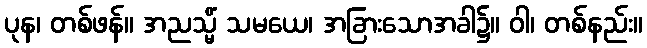
ပုန၊ တစ်ဖန်။ အညသ္မိံ သမယေ၊ အခြားသောအခါ၌။ ဝါ၊ တစ်နည်း။